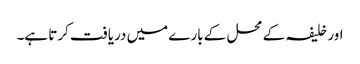
اور خلیفہ کے محل کے بارے میں دریافت کرتا ہے۔